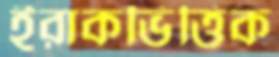
ইরাকভিত্তিক